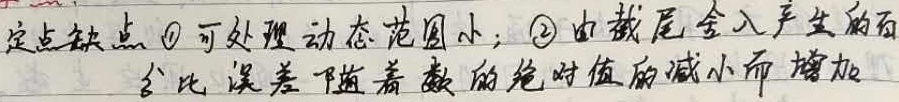
定点缺点：
\textcircled{1} 可处理动态范围小；
\textcircled{2} 由截尾舍入产生的百分比误差随着数的绝对值的减小而增加。